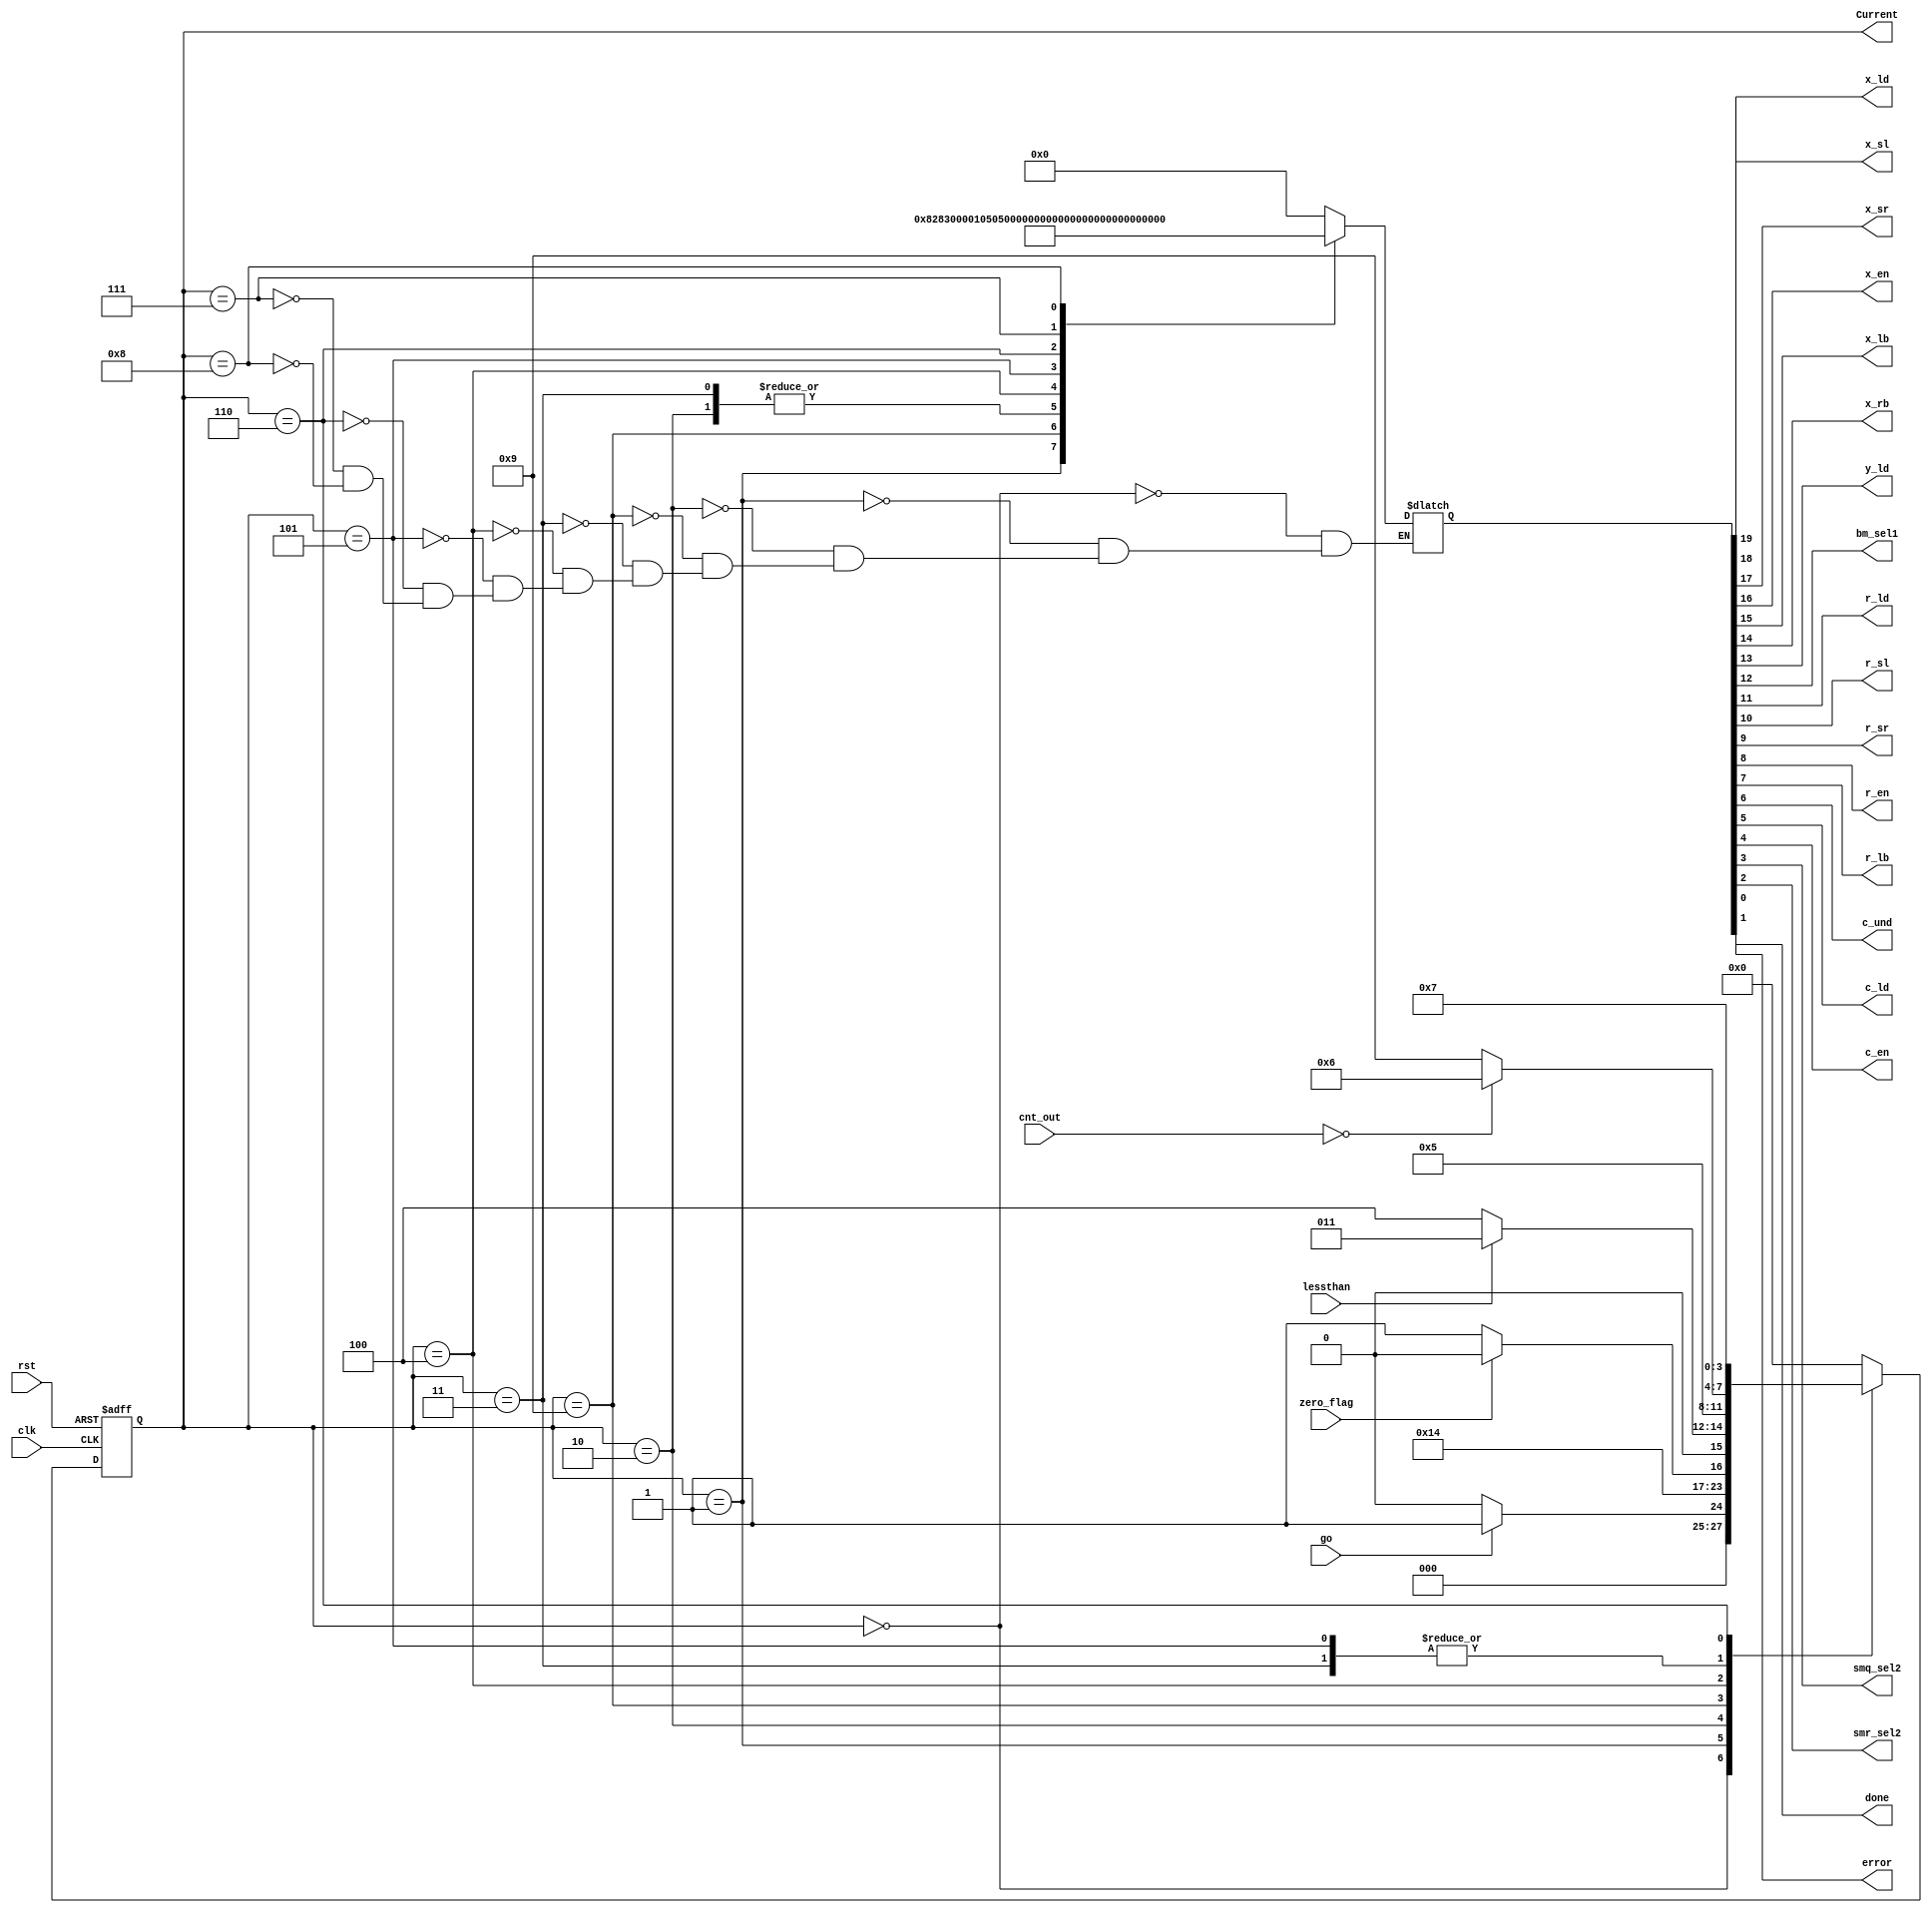
`timescale 1ns / 1ps
//////////////////////////////////////////////////////////////////////////////////
// Company: 
// Engineer: 
// 
// Design Name: 
// Module Name: Calc_CU
// Project Name: 
// Target Devices: 
// Tool Versions: 
// Description: 
// 
// Dependencies: 
// 
// Revision:
// Revision 0.01 - File Created
// Additional Comments:
// 
//////////////////////////////////////////////////////////////////////////////////


module Calc_CU_div(
	input clk, rst, zero_flag, lessthan, go,
	input [2:0] cnt_out,
	output reg x_ld,x_sl,x_sr,x_en,x_lb,x_rb,y_ld,bm_sel1,r_ld,r_sl,r_sr,r_en,r_lb,c_und,c_ld,c_en, smq_sel2, smr_sel2, error, done,
    output [3:0] Current
    );

parameter IDLE=4'b0, LOAD=4'b0001, INITSHIFT=4'b0010, RESTORE=4'b0011, SUB=4'b0100, SET=4'b0101, FINALSHIFT=4'b0110, OUT=4'b0111, ERROR=4'b1000, DECREMENT=4'b1001;

reg [3:0] CS, NS;
reg [19:0] ctrl_vect;

assign Current=CS;

initial begin
	CS=4'b0;
end

always@(CS, rst, zero_flag, lessthan, go, cnt_out) begin //Next State Logic
	case(CS)
		IDLE: begin //This is the idle default state, if go is enabled it goes to the load state. Otherwise it stays idle
				if(go) NS=LOAD; 
				else   NS=IDLE;
			   end
		LOAD: NS=INITSHIFT; //this has the values loaded into the datapath
		INITSHIFT: begin if (zero_flag) NS=ERROR;
		                 else NS=DECREMENT;
		           end
	    DECREMENT: begin if (lessthan) NS=RESTORE;
	                      else NS=SUB; 
	                 end   
		RESTORE:begin  //performs the restore function, and figures out which to choose next. 
					if(cnt_out==3'b000) NS=FINALSHIFT;
					else NS=DECREMENT;
				end
		SUB: NS=SET;//automatic movement
		SET:begin 
	                if(cnt_out==3'b000) NS=FINALSHIFT;
                    else NS=DECREMENT;
			end
		FINALSHIFT: NS=OUT;//automatically moves to displaying outputs
		default: NS=IDLE;//moves to initial state whether in OUT or ERROR state. 
	endcase
end

always@(posedge clk, posedge rst) begin //State Register
	if(rst) CS<=IDLE; //Synchronous reset
	else CS<=NS;
end

always@(CS) begin
	case (CS)
	IDLE:       ctrl_vect=20'b000000_0_0_00000_000_0000;
	LOAD:       ctrl_vect=20'b100000_1_0_10000_011_0000;
	INITSHIFT:  ctrl_vect=20'b010100_0_0_01010_000_0000;
	DECREMENT:  ctrl_vect=20'b000000_0_0_00000_001_0000;
	RESTORE:    ctrl_vect=20'b010100_0_0_01010_000_0000;
	SUB:        ctrl_vect=20'b000000_0_1_10000_000_0000;
	SET:        ctrl_vect=20'b010101_0_0_01010_000_0000;
	FINALSHIFT: ctrl_vect=20'b000000_0_0_00110_000_0000;
	OUT:        ctrl_vect=20'b000000_0_0_00000_000_1110;
	ERROR:      ctrl_vect=20'b000000_0_0_00000_000_0011;
	endcase
end

always@(CS) begin
x_ld=   ctrl_vect[19];
x_sl=   ctrl_vect[18];
x_sr=   ctrl_vect[17];
x_en=   ctrl_vect[16];
x_lb=   ctrl_vect[15];
x_rb=   ctrl_vect[14];
y_ld=   ctrl_vect[13];
bm_sel1=ctrl_vect[12];
r_ld=   ctrl_vect[11];
r_sl=   ctrl_vect[10];
r_sr=   ctrl_vect[9];
r_en=   ctrl_vect[8];
r_lb=   ctrl_vect[7];
c_und=  ctrl_vect[6];
c_ld=   ctrl_vect[5];
c_en=   ctrl_vect[4];
smq_sel2=ctrl_vect[3];
smr_sel2=ctrl_vect[2];
done=   ctrl_vect[1];
error=  ctrl_vect[0];
end

endmodule